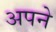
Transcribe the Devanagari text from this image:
अपने